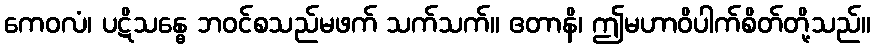
ကေဝလံ၊ ပဋိသန္ဓေ ဘဝင်စသည်မဖက် သက်သက်။ ဧတာနိ၊ ဤမဟာဝိပါက်စိတ်တို့သည်။